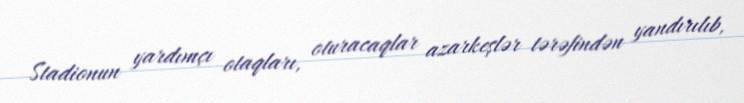
Stadionun yardımçı otaqları, oturacaqlar azarkeşlər tərəfindən yandırılıb,